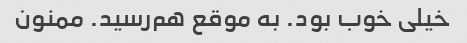
خیلی خوب بود. به موقع هم‌رسید. ممنون